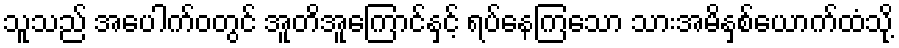
သူသည် အပေါက်ဝတွင် အူတိအူကြောင်နှင့် ရပ်နေကြသော သားအမိနှစ်ယောက်ထံသို့